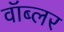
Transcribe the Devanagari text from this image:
वॉब्लर